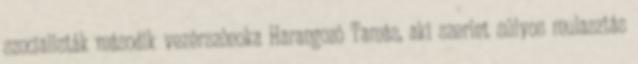
szocialisták második vezérszónoka Harangozó Tamás, aki szerint súlyos mulasztás